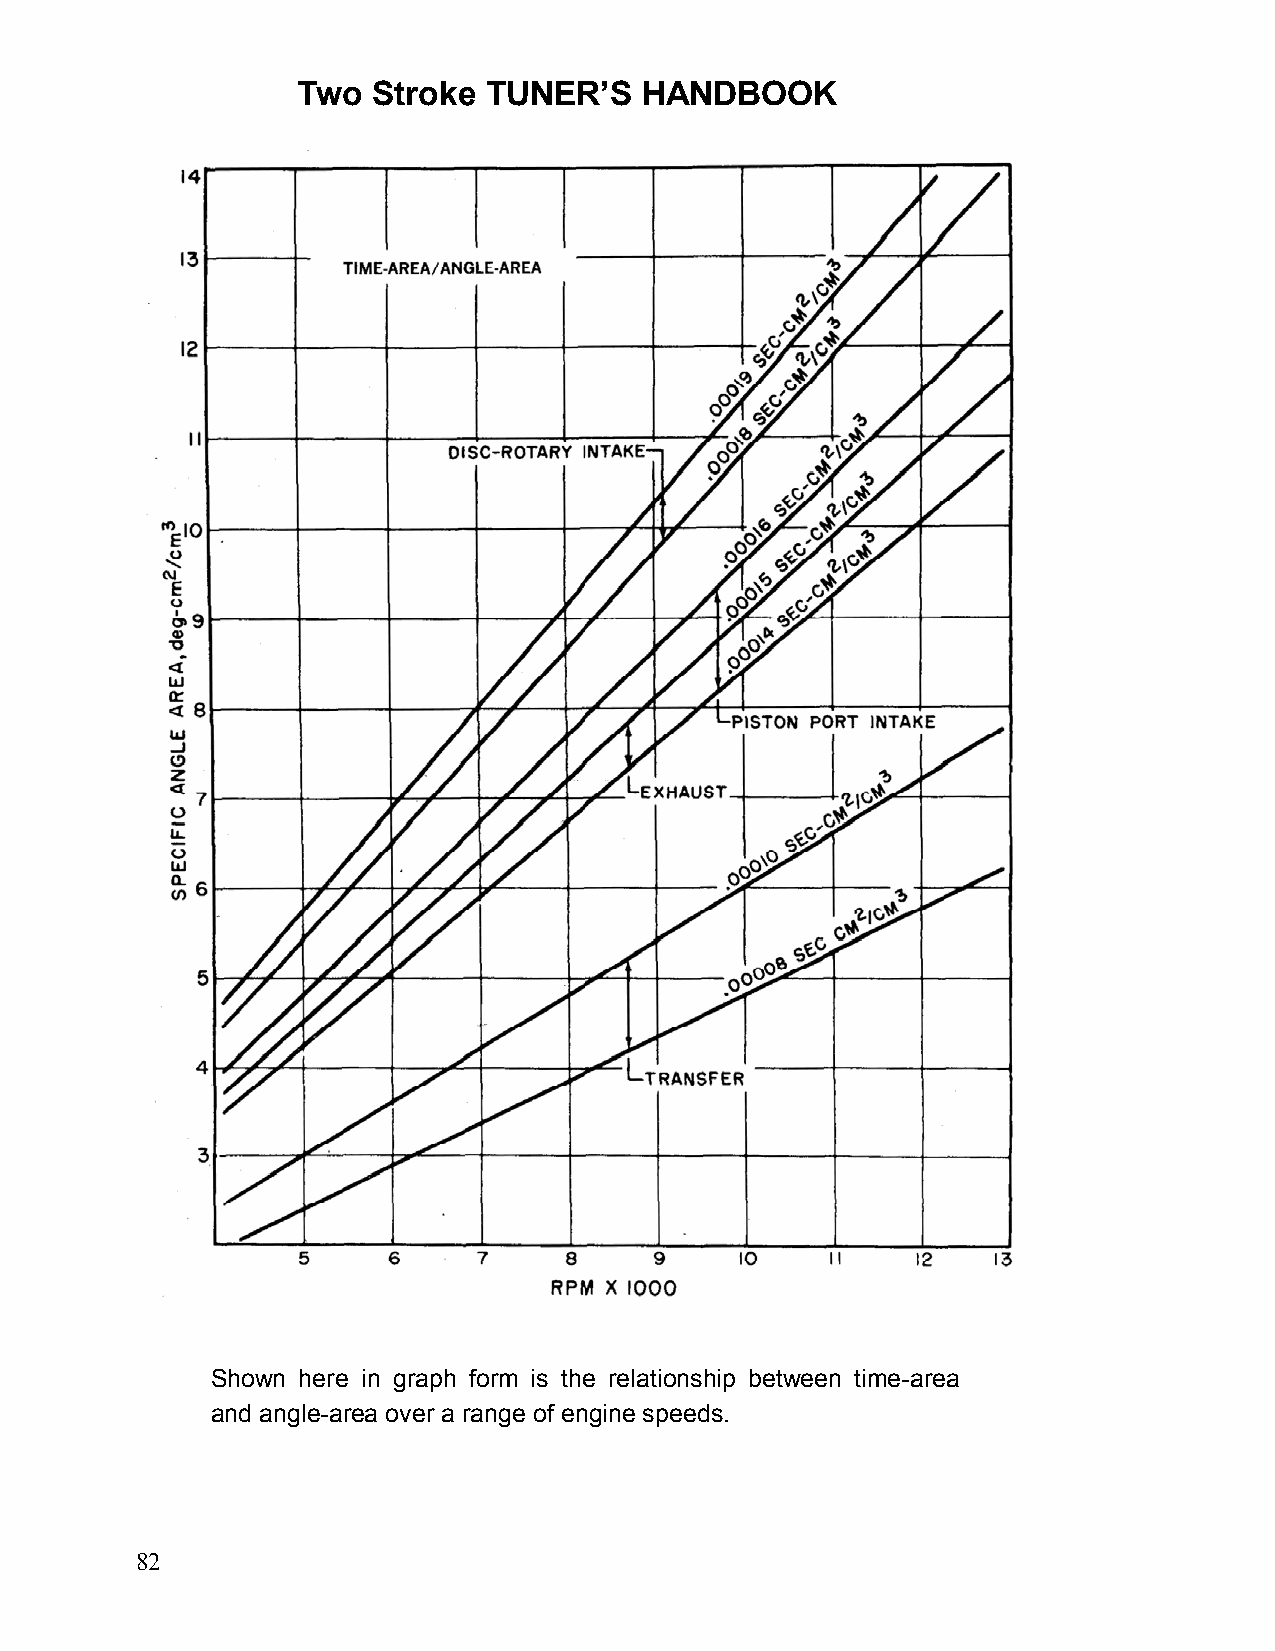
Two  Stroke TUNER’S   HANDBOOK
 Shown here in graph form is the relationship between time-area
 and angle-area over a range of engine speeds.
 82